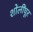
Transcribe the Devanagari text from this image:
शोलींघूर